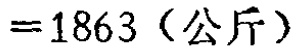
$=1863\ （公斤）$